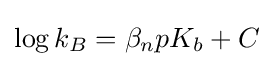
\log k_{B}=\beta _{n}pK_{b}+C